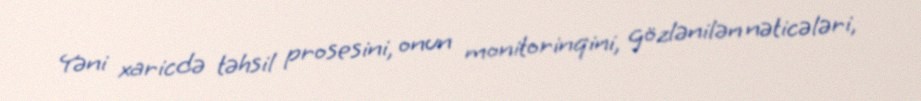
Yəni xaricdə təhsil prosesini, onun monitorinqini, gözlənilən nəticələri,